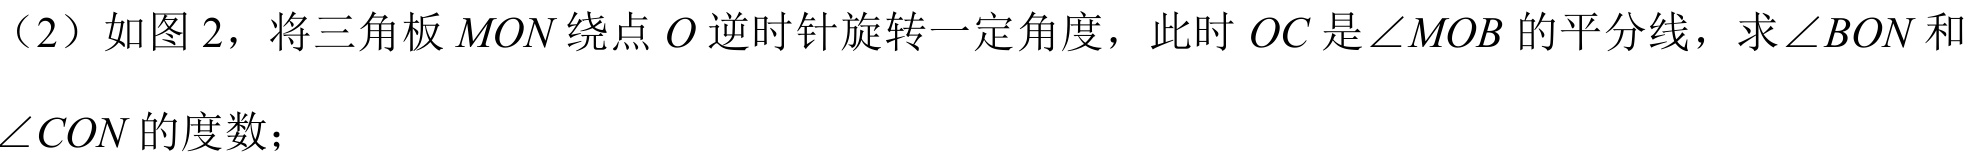
（2）如图 2，将三角板 \(MON\) 绕点 \(O\) 逆时针旋转一定角度，此时 \(OC\) 是\(\angle MOB\) 的平分线，求\(\angle BON\) 和\(\angle CON\)的度数；